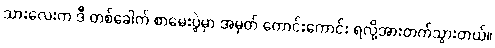
သားလေးက ဒီ တစ်ခေါက် စာမေးပွဲမှာ အမှတ် ကောင်းကောင်း ရလို့အားတက်သွားတယ်။